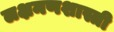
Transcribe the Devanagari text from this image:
लक्षमणशास्त्री